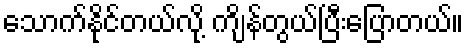
သောက်နိုင်တယ်လို့ ကျိန်တွယ်ပြီးပြောတယ်။